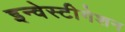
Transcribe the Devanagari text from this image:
इन्वेस्टीगेशन